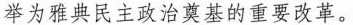
举为雅典民主政治奠基的重要改革。